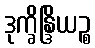
ဒုက္ခိန္ဒြိယဉ္စ